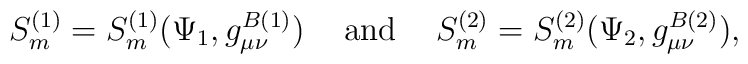
S_m^{(1)} = S_m^{(1)}(\Psi_1,g^{B(1)}_{\mu\nu}) \hspace{0.5cm} {\rm and}\hspace{0.5cm} S_m^{(2)} = S_m^{(2)}(\Psi_2,g^{B(2)}_{\mu\nu}),